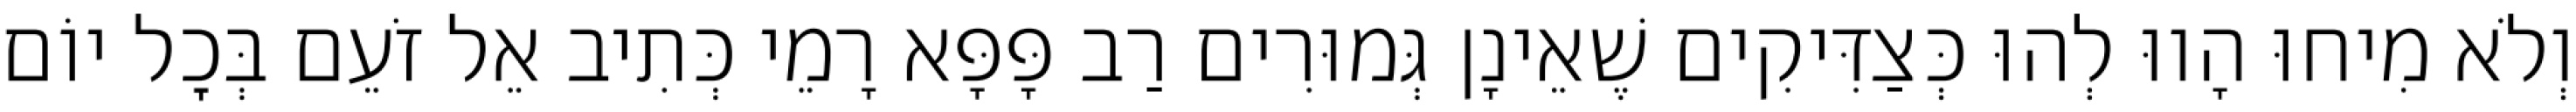
וְלֹא מִיחוּ הָווּ לְהוּ כְּצַדִּיקִים שֶׁאֵינָן גְּמוּרִים רַב פָּפָּא רָמֵי כְּתִיב אֵל זֹעֵם בְּכׇל יוֹם